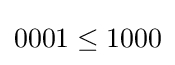
0001\leq 1000